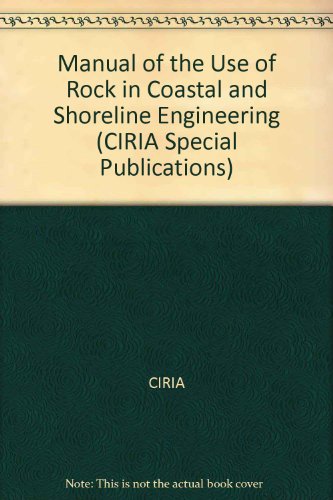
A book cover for Manual of the Use of Rock in Coastal and Shoreline Engineering (CIRIA Special Publication); CIRIA; Engineering & Transportation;